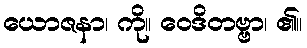
ယောဇနာ၊ ကို။ ဝေဒိတဗ္ဗာ၊ ၏။